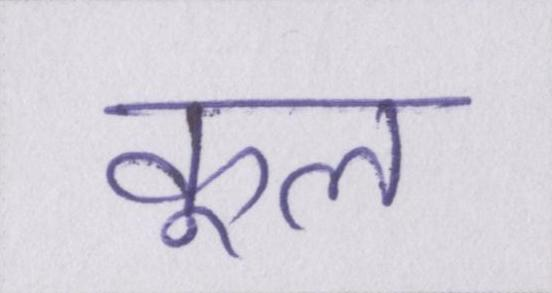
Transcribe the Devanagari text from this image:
कूल